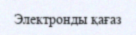
Электронды қағаз